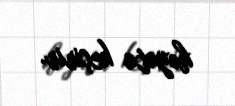
həyata keçirir.